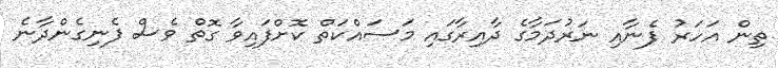
ތިން އަހަރު ފެނާއި ނަރުދަމާގެ ދާއިރާގައި މަސައްކަތް ކޮށްފައިވާ ގޮތް ވެސް ފެނިގެންދާނެ